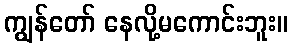
ကျွန်တော် နေလို့မကောင်းဘူး။